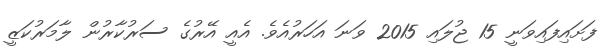
ފަށައިފައިވަނީ 15 ޖުލައި 2015 ވަނަ އަހަރުއެވެ. އެއީ އޭރުގެ ސަރުކާރުން ލާމަރުކަޒީ